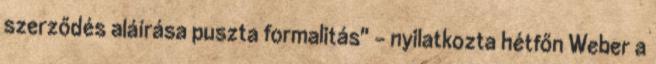
szerződés aláírása puszta formalitás" - nyilatkozta hétfőn Weber a